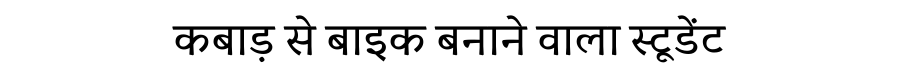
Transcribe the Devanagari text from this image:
कबाड़ से बाइक बनाने वाला स्टूडेंट